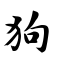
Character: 狗